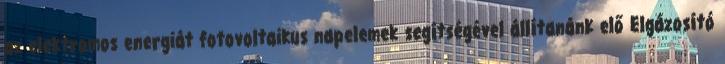
az elektromos energiát fotovoltaikus napelemek segítségével állítanánk elő Elgázosító